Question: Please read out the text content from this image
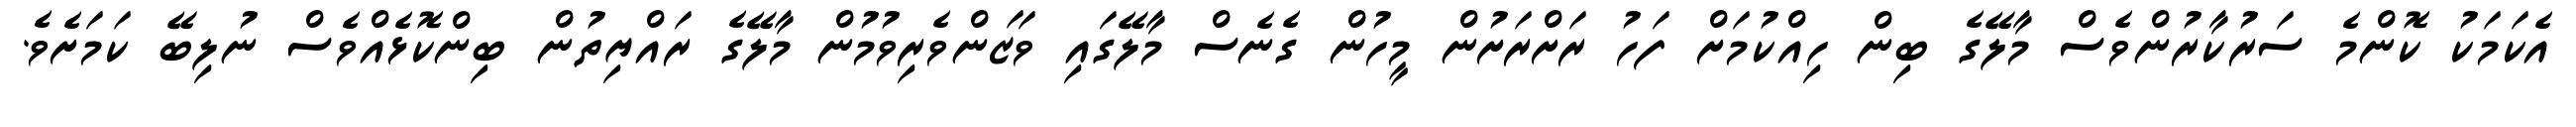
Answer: އެކަމަކު ކޮންމެ ސަރުކާރުންވެސް މާލޭގެ ބިން ހިއްކުމަށް ފަހު ރަށްރަށުން މީހުން ގެނެސް މާލޭގައި ވަޒަންވެރިވުމުން މާލޭގެ ރައްޔިތުން ބިންކޮޅެއްވެސް ނުލިބޭ ކަމަށެވެ.